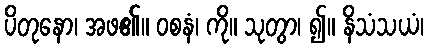
ပိတုနော၊ အဖ၏။ ဝစနံ၊ ကို။ သုတွာ၊ ၍။ နိသံသယံ၊